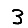
Digit: 3